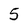
Character: 5